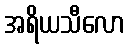
အရိယသီလော